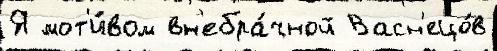
Я мот'и́вом вн'ебра́чной Васн'ецо́в